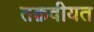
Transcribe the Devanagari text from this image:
तक़वीयत